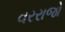
વરરાજો